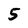
Character: 5